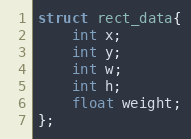
Language: C++
struct rect_data{
    int x;
    int y;
    int w;
    int h;
    float weight;
};